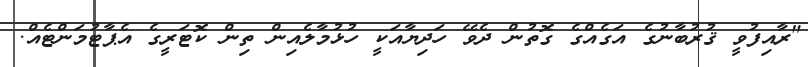
"ރާއިފުވީ ޤުރުބާނުގެ އަގެއްގެ ގޮތުން ދެވޭ ހަދިޔާއަކީ ހުޅުމާލެއިން ތިން ކޮޓަރީގެ އެޕާޓުމަންޓެއް.